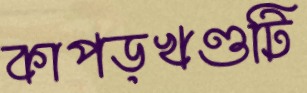
কাপড়খণ্ডটি